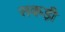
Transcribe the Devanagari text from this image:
सकड़ी